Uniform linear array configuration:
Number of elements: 32
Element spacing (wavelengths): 0.5
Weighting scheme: blackman
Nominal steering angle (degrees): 15
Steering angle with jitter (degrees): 16.97
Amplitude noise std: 0.05
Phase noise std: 0.05

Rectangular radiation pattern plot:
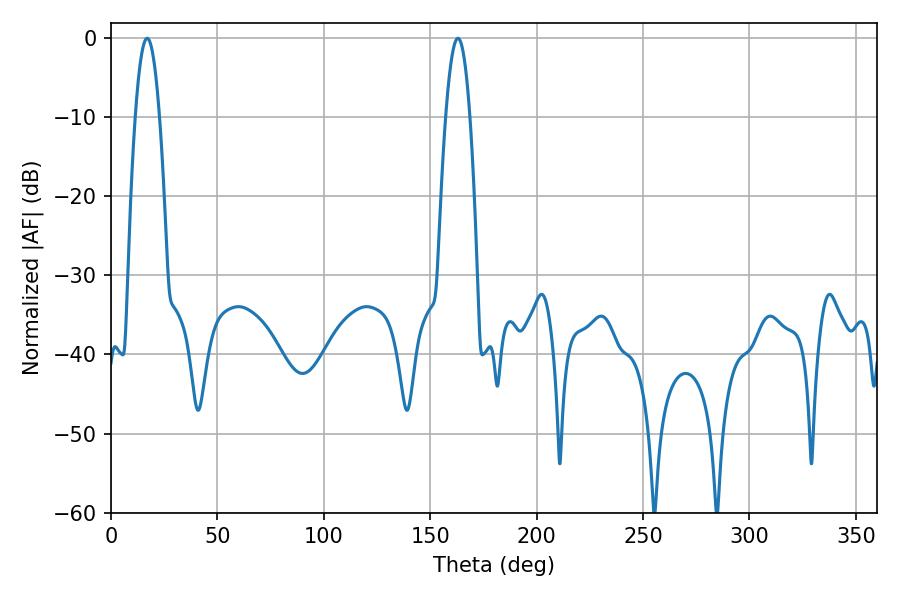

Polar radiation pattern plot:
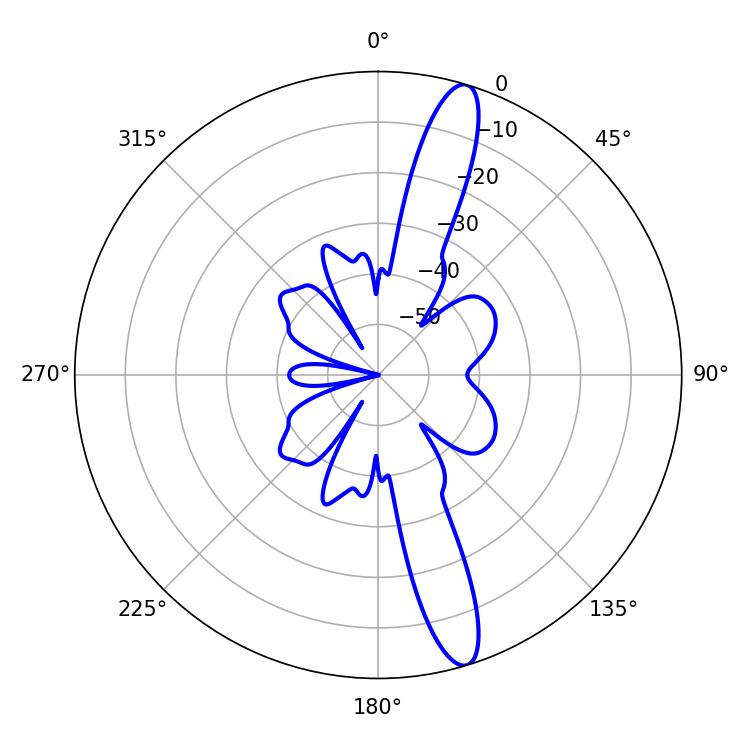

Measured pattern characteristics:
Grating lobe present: FALSE
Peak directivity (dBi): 14.611
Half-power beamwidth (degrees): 6.3
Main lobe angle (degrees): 16.92